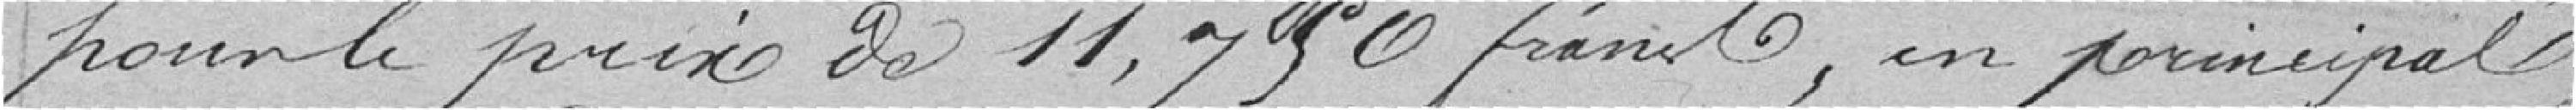
pour le prix de 11750 francs, en principal